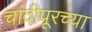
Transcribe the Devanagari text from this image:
चांदीपूरच्या